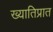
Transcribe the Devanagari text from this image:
ख्यातिप्रात